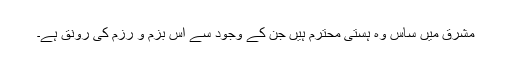
مشرق میں ساس وہ ہستی محترم ہیں جن کے وجود سے اس بزم و رزم کی رونق ہے۔